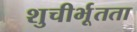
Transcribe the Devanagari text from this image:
शुचीर्भूतता